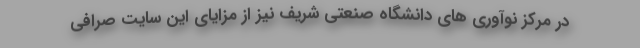
در مركز نوآوري هاي دانشگاه صنعتي شريف نيز از مزاياي اين سايت صرافي